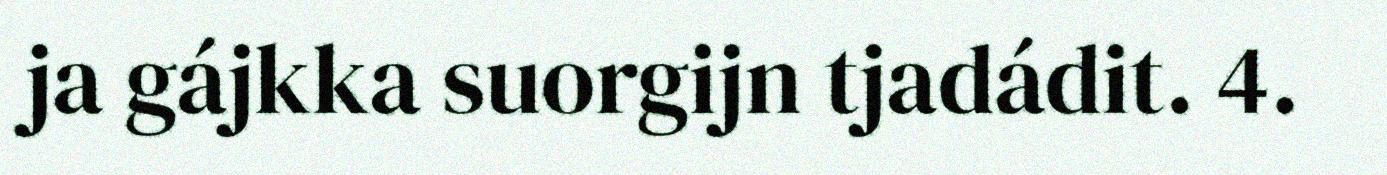
ja gájkka suorgijn tjadádit. 4.